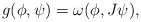
\begin{align*}g(\phi,\psi)=\omega(\phi,J\psi),\end{align*}